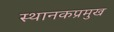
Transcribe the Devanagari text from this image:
स्थानकप्रमुख